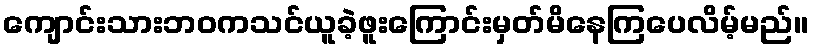
ကျောင်းသားဘဝကသင်ယူခဲ့ဖူးကြောင်းမှတ်မိနေကြပေလိမ့်မည်။